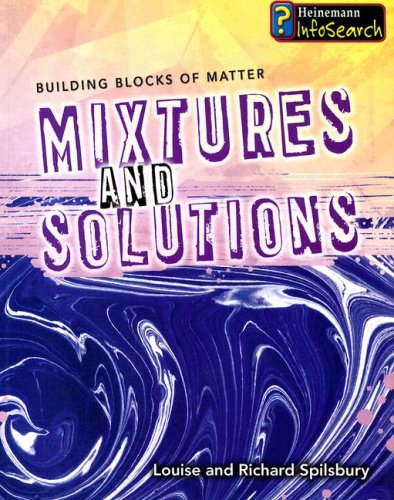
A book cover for Mixtures and Solutions (Building Blocks of Matter); Richard Spilsbury; Children's Books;